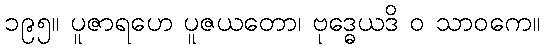
၁၉၅။ ပူဇာရဟေ ပူဇယတော၊ ဗုဒ္ဓေယဒိ ဝ သာဝကေ။